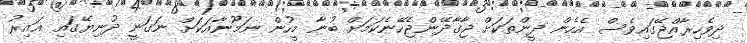
ދިވެހިރާއްޖޭގައިވެސް އެހެން ދީންތަކަށް ޖާގާދޭންޖެހޭނެކަމަށް ބުނާ މީހުން ނަމޫނާއަކަށް ނަގަނީ ދުނިޔޭގައި ޣައިރު